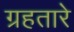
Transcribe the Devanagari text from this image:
ग्रहतारे